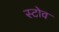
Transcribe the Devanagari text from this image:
स्‍टोव